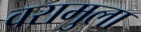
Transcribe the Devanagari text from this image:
वरामुला